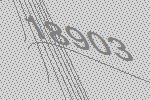
18903